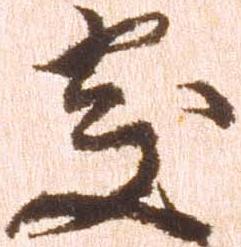
処